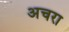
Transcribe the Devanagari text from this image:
अचरा